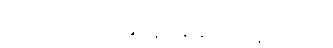
အသံ မတ်ဆေ့ချ် ချန်ထားခဲ့တယ်။